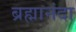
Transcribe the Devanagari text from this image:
ब्रह्मानंदा